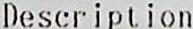
DESCRIPTION